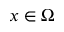
x \in \Omega